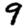
Digit: 9